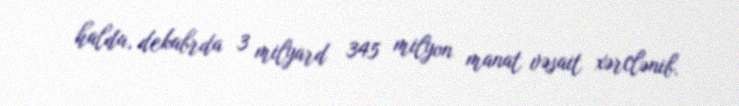
halda, dekabrda 3 milyard 345 milyon manat vəsait xərclənib.